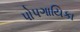
પોપગાયિકા